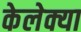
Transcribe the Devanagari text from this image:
केलेक्या